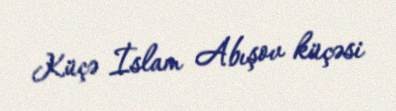
Küçə İslam Abışov küçəsi